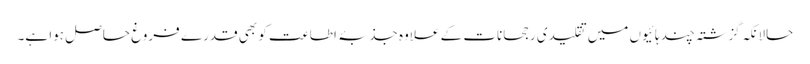
حالانکہ گزشتہ چند ہائیوں میں تقلیدی رجحانات کے علاوہ جذبۂ اطاعت کو بھی قدرے فروغ حاصل ہوا ہے۔